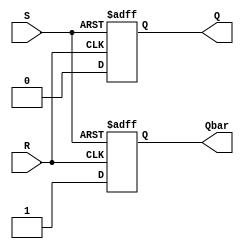
module sr_flipflop (
   input S, 
   input R, 
   output reg Q, 
   output reg Qbar);

always @(posedge S or posedge R) begin
   if (S) begin
      Q <= 1'b1;
      Qbar <= 1'b0;
   end else if (R) begin
      Q <= 1'b0;
      Qbar <= 1'b1;
   end
end

endmodule